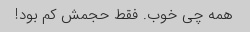
همه چی خوب. فقط حجمش کم بود!